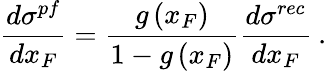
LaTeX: \frac{d\sigma^{pf}}{dx_{F}}=\frac{g\left(x_{F}\right)}{1-g\left(x_{F}\right)}\frac{d\sigma^{rec}}{dx_{F}}\: .